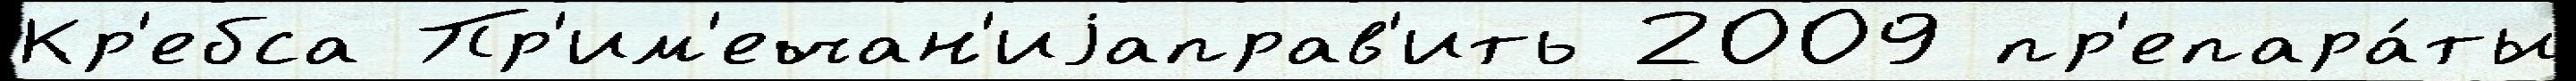
Кр'ебса Пр'им'ечан'иjаправ'ить 2009 пр'епара́ты